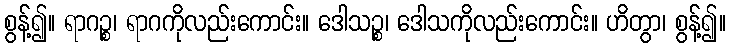
စွန့်၍။ ရာဂဉ္စ၊ ရာဂကိုလည်းကောင်း။ ဒေါသဉ္စ၊ ဒေါသကိုလည်းကောင်း။ ဟိတွာ၊ စွန့်၍။